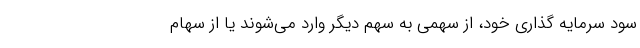
سود سرمایه گذاری خود، از سهمی به سهم دیگر وارد می‌شوند یا از سهام